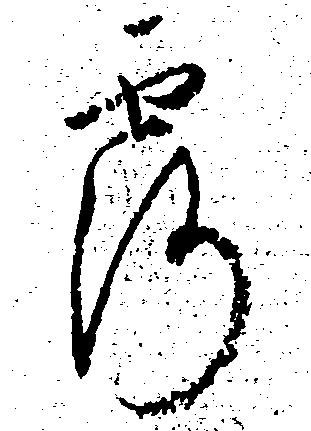
露